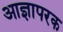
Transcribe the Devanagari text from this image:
आज्ञापरक